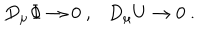
D _ { \mu } \Phi \rightarrow 0 \ , \ \ \ D _ { \mu } U \rightarrow 0 \ .